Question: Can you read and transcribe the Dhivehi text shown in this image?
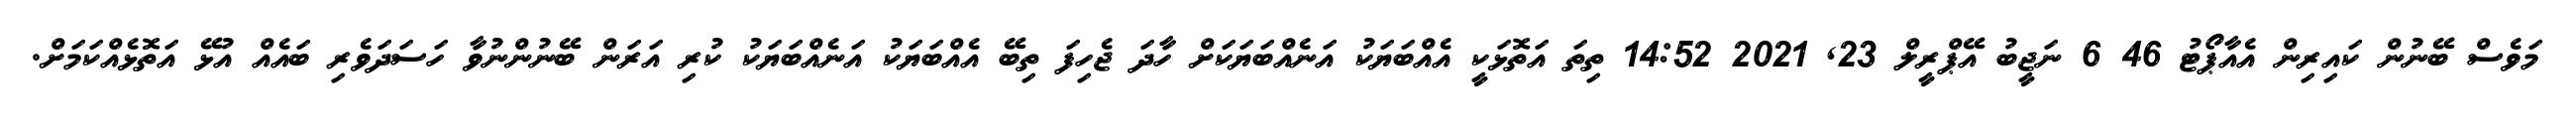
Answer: މަވެސް ބޭނުން ކައިރިން އެއާޕޯޓު 46 6 ނަޖީބު އޭޕްރީލް 23, 2021 14:52 ތިތަ އަތޮޅަކީ އެއްބަޔަކު އަނެއްބަޔަކަށް ހާދަ ޖެހިފަ ތިބޭ އެއްބަޔަކު އަނެއްބަޔަކު ކުރި އަރަން ބޭނުންނުވާ ހަސަދަވެރި ބައެއް އުޅޭ އަތޮޅެއްކަމަށް.